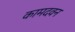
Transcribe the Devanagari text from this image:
कामदवन